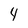
Character: 4